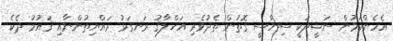
އެހެންކަމުން ނަޝީދަކީ ސިޔާސީ ގޮތުން ތެދުވެރި އަޚްލާޤު ރަނގަޅު ރައްޔިތުންނާއި ޤައުމު ދެކެ